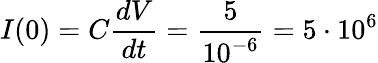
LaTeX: I(0)=C\frac{dV}{dt}=\frac{5}{10^{-6}}=5\cdot 10^{6}